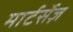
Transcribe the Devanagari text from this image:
मार्टर्सेज़